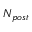
N _ { p o s t }